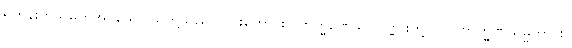
ရဟန်းဟုသမုတ်အပ်သော သူတို့သည်လည်းကောင်း။ ဗြာဟ္မဏေသု၊ ပုဏ္ဏားတို့တွင်။ ဗြာဟ္မဏသမ္မတာ စ၊